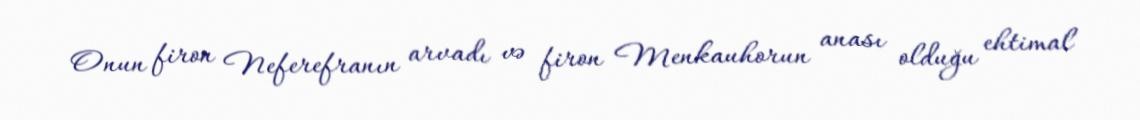
Onun firon Neferefranın arvadı və firon Menkauhorun anası olduğu ehtimal